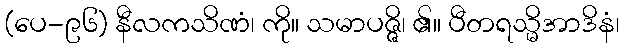
(ပေ-၉၆) နီလကသိဏံ၊ ကို။ သမာပဇ္ဇိ၊ ၏။ ပီတရသ္မိအာဒိနံ၊